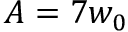
A = 7 w _ { 0 }